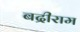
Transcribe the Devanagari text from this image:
बद्रीराम